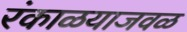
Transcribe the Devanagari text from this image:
रंकाळयाजवळ